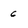
Character: 6